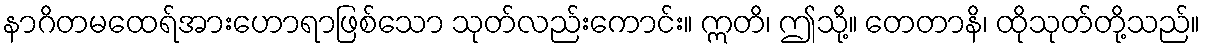
နာဂိတမထေရ်အားဟောရာဖြစ်သော သုတ်လည်းကောင်း။ ဣတိ၊ ဤသို့။ တေတာနိ၊ ထိုသုတ်တို့သည်။